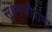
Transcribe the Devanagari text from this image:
सूक्ष्मजीवांना